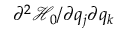
\partial ^ { 2 } \mathcal { H } _ { 0 } / \partial q _ { j } \partial q _ { k }